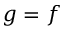
g = f